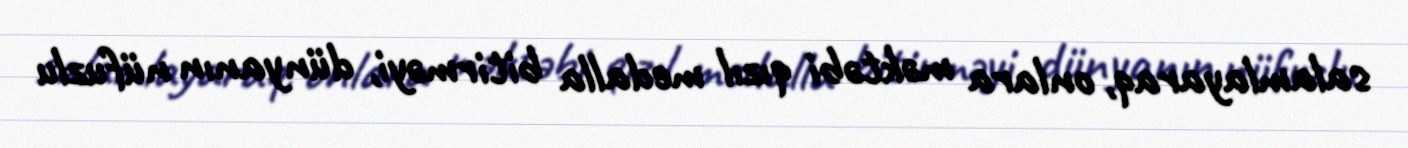
salamlayaraq, onlara məktəbi qızıl medalla bitirməyi, dünyanın nüfuzlu